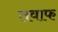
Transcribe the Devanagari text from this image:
तवाफ